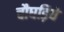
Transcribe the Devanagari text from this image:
चौघड़िये